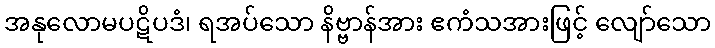
အနုလောမပဋိပဒံ၊ ရအပ်သော နိဗ္ဗာန်အား ဧကံသအားဖြင့် လျော်သော